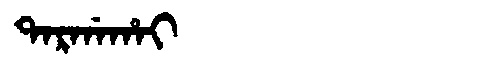
Manchu: ᡨᠠᡵᡤᠠᡥᠠᡳ
Romanization: TARGAHAI